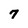
Character: 7